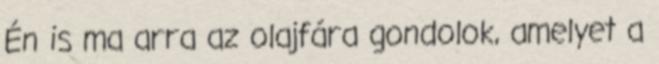
Én is ma arra az olajfára gondolok, amelyet a